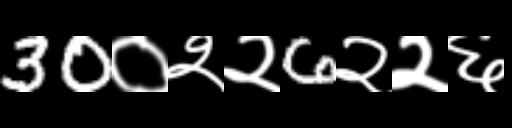
Text: 30०२२6२२६